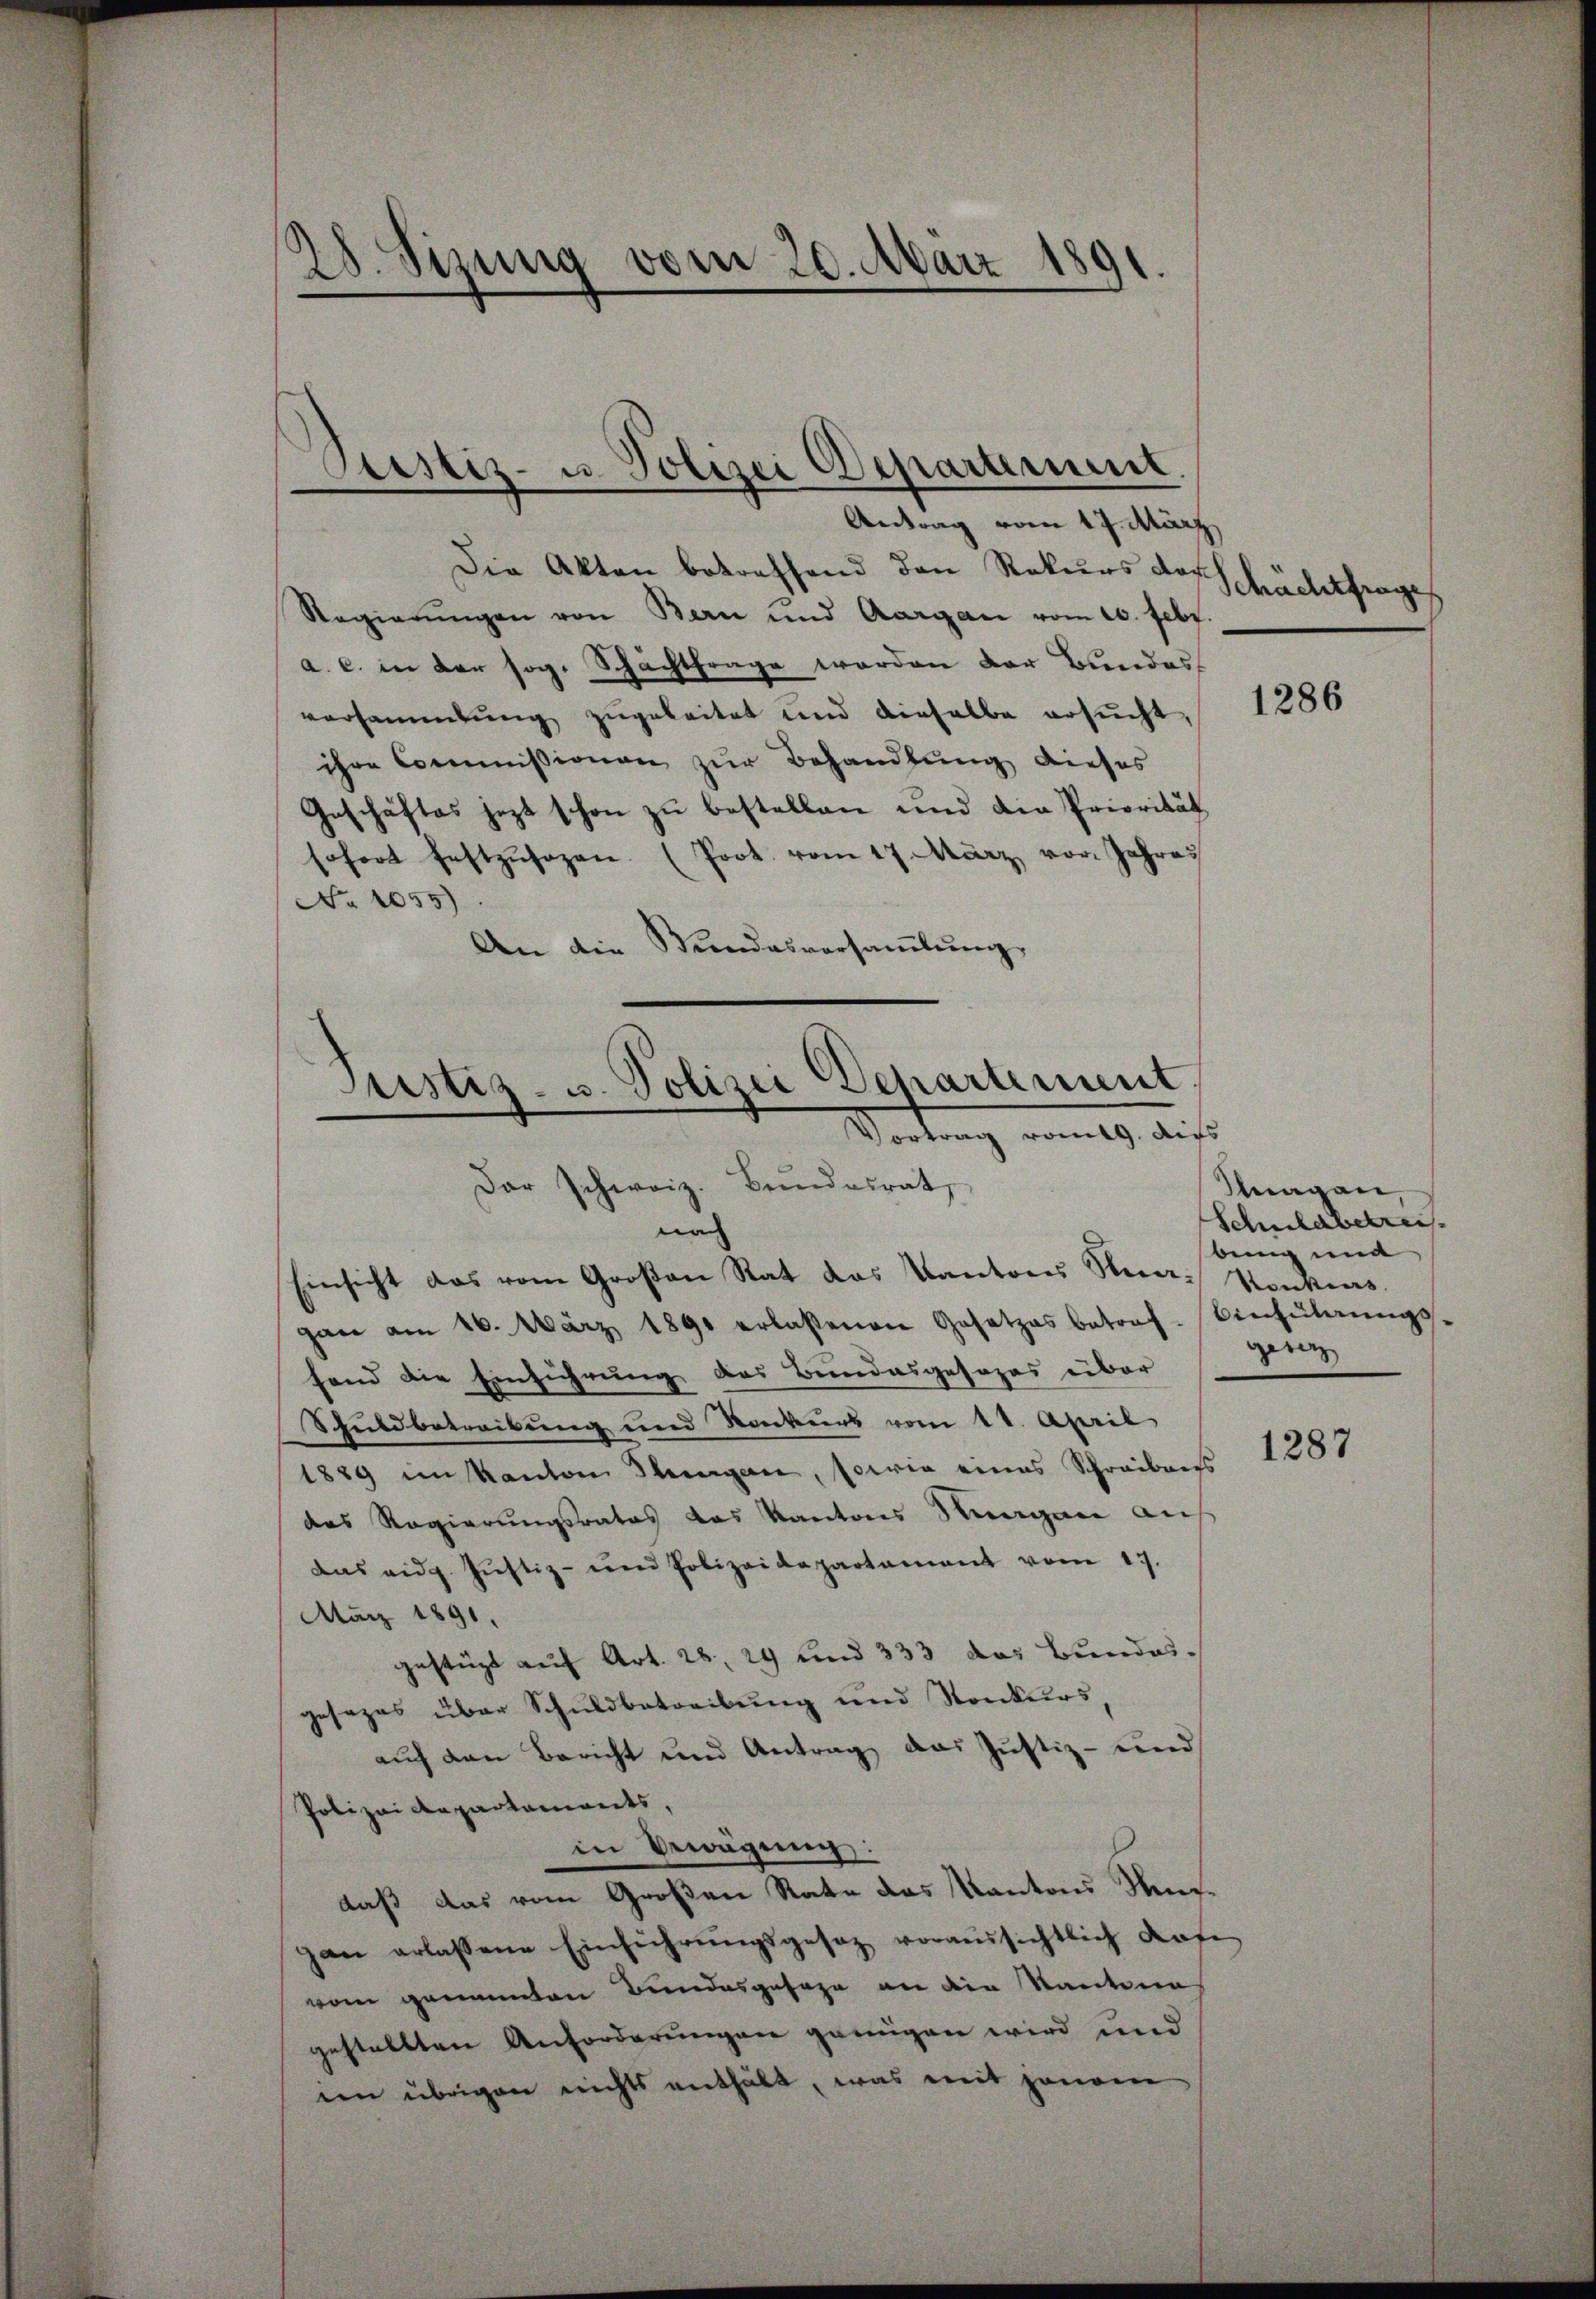
28. Sizung vom 20. März 1891.

Justiz- u. Polizei Departement.
Antrag vom 17. März

Die Akten betreffend den Rekurs der
Regierungen von Bern und Aargau vom 10. Febr.
a. c. in der sog. Schachtfrage werden der Bundes-
versammlung zugeleitet und dieselbe ersŭcht 1286
ihre Commissionen zur Behandlung dieses
Geschäftes jezt schon zu bestellen und die Priorität,
sofort festzŭsogen. (Prot. vom 17. März vor Jahres
No 1055)
An die Wundesversamlung

Justiz- u. Polizei Departement
Vortrag vom 9. dies
Dar schweiz. Bundesrat
no

Einsicht das vom Großen Rat das Kantons Nma-Stenkens
gan am 16. März 1891 erlassenen Gesetzes betraf-Einführŭngs
fend die Einführung des Bundesgesezes über
Schuldbetreibung und Konkurs vom 11. April
1889 im Kanton Thungen, sowie eines Schreibens
das Regierungsrates das Kantons Stragen auf
das eidg. Jŭstiz- und Polizeidepartament vom 17.
März 1891.
zahtügt auf Art. 28, 29 und 333 das Bundesgesezes über Schuldbetreibung und Stonkurs
auf den Bericht und Antrag das Justiz- und
Polizei Repartaments,
in Bewegung:
daß das vom Großen Rate das Kantons Musgan erlassene Einführungsgesetz voraussichtlich darfe
vom genannten Bundesgesage an die Sautena
gestellten Anforderungen genügen wird und
een übrigen nichts enthält, was mit jenem

Schächtfrage

Magen
Schuldbetreis.
bung und
zerenz

1287